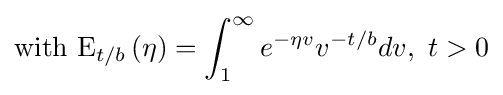
{\text{with E}}_{t/b}\left(\eta \right)=\int _{1}^{\infty }e^{-\eta v}v^{-t/b}dv,\ t>0